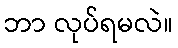
ဘာ လုပ်ရမလဲ။